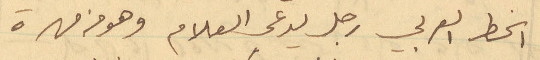
الخط العربي رجل يدعى العلام وهو من مهرة